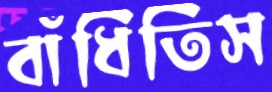
বাঁধিতিস